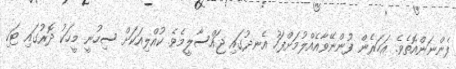
ފެންނަންއޮތެވެ. އަހަރެން ފުންނޭވާއެއްލުމަށްފަހު އެނދުގައި ޖައްސާލީމެވެ. ކުއްލިއަކަށް ސިހުނީ މީހަކު ދޮރުގައި ޓަކި